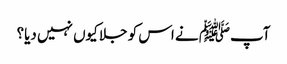
آپﷺ نے اس کو جلا کیوں نہیں دیا؟